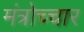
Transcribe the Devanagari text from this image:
मंत्रोच्‍चार